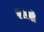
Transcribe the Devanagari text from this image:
रमसे